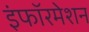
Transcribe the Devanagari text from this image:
इंफॉरमेशन